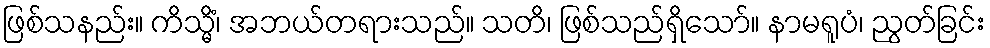
ဖြစ်သနည်း။ ကိသ္မိံ၊ အဘယ်တရားသည်။ သတိ၊ ဖြစ်သည်ရှိသော်။ နာမရူပံ၊ ညွတ်ခြင်း